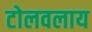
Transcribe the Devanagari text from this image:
टोलवलाय